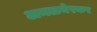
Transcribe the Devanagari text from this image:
अमळनेरकर